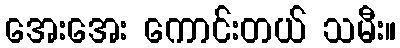
အေးအေး ကောင်းတယ် သမီး။